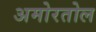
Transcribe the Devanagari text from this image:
अमोरतोल